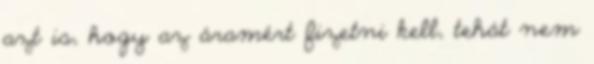
azt is, hogy az áramért fizetni kell, tehát nem